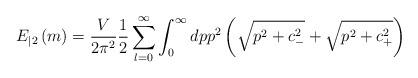
LaTeX: \begin{align*}E_{|2}\left( m\right) =\frac V{2\pi ^2}\frac 12\sum_{l=0}^\infty\int_0^\infty dpp^2\left( \sqrt{p^2+c_{-}^2}+\sqrt{p^2+c_{+}^2}\right)\end{align*}